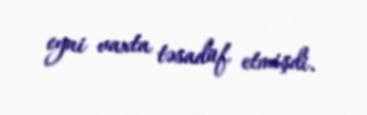
eyni vaxta təsadüf etmişdi.